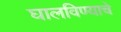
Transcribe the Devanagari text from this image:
घालविण्याचे